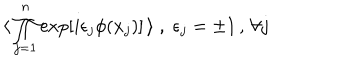
LaTeX: \langle \, \prod _ { j = 1 } ^ { n } \exp [ i \epsilon _ { j } \phi ( x _ { j } ) ] \, \rangle \; , \; \epsilon _ { j } = \pm 1 \, , \, \forall j \,